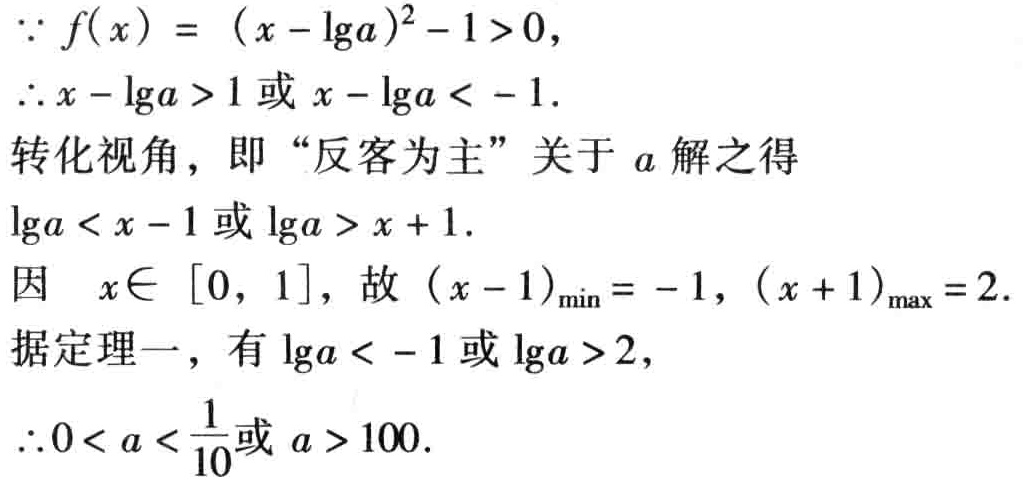
\(\because f(x)=(x - \lg a)^{2}-1>0,\)
\(\therefore x - \lg a>1或x - \lg a<-1.\)
转化视角，即“反客为主”关于\(a\)解之得
\(\lg a<x - 1或\lg a>x + 1.\)
因 \(x\in[0,1]\)，故 \((x - 1)_{\min}=-1,(x + 1)_{\max}=2.\)
据定理一，有 \(\lg a<-1或\lg a>2,\)
\(\therefore 0<a<\frac{1}{10}或a>100.\)